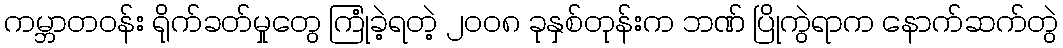
ကမ္ဘာတဝန်း ရိုက်ခတ်မှုတွေ ကြုံခဲ့ရတဲ့ ၂၀၀၈ ခုနှစ်တုန်းက ဘဏ် ပြိုကွဲရာက နောက်ဆက်တွဲ